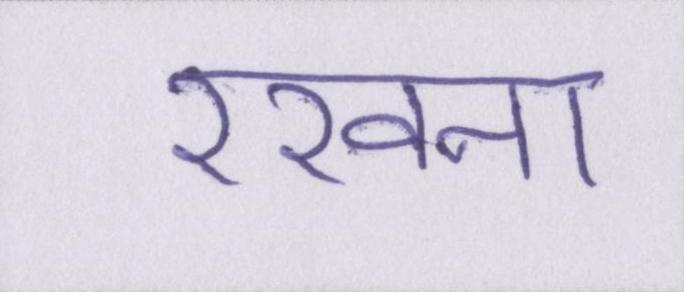
रखना